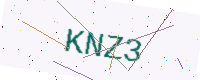
Text: KNZ3